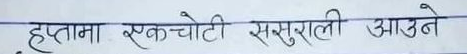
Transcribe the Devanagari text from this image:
हप्तामा एकचोटी ससुराली आउने